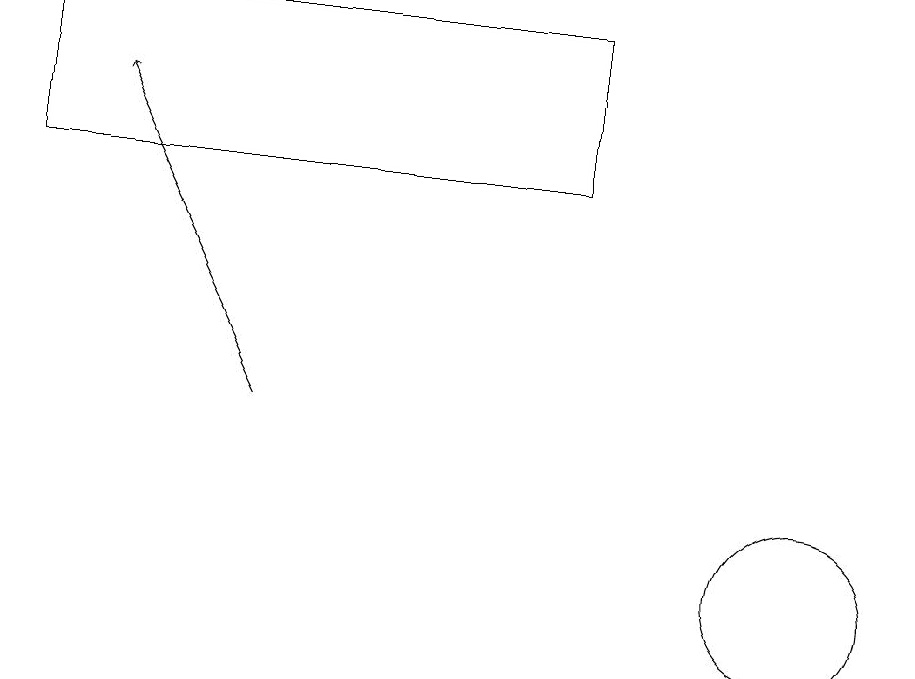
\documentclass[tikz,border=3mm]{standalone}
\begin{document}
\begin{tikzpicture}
\draw (8,18) rectangle (1,16);
\draw[->] (4,13) -- (2,17);
\draw (11,11) circle (1);
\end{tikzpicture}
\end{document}